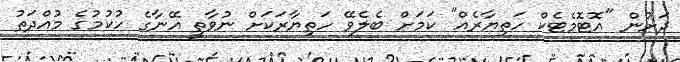
ދަށުން "އޮޓޮމެޓެކް ހަތިޔާރެއް" ކަމަށް ބެލެވޭ ހަތިޔާރަކަށް ނުވާތީ އޭނާގެ ހުކުމުގެ މުއްދަތު